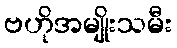
ဗဟိုအမျိုးသမီး